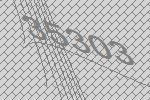
35303